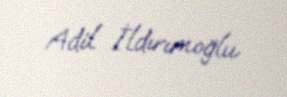
Adil İldırımoğlu